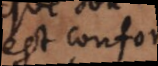
est conforme